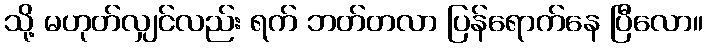
သို့ မဟုတ်လျှင်လည်း ရက် ဘတ်တလာ ပြန်ရောက်နေ ပြီလော။